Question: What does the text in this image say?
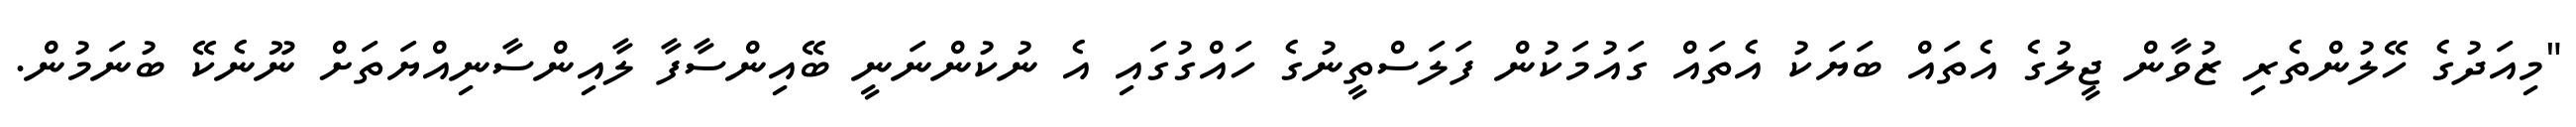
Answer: "މިއަދުގެ ހޭލުންތެރި ޒުވާން ޖީލުގެ އެތައް ބަޔަކު އެތައް ގައުމަކުން ފަލަސްތީނުގެ ހައްގުގައި އެ ނުކުންނަނީ ބޭއިންސާފާ ލާއިންސާނިއްޔަތަށް ނޫނެކޭ ބުނަމުން.